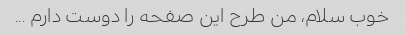
خوب سلام، من طرح این صفحه را دوست دارم ...